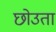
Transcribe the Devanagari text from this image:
छोउता